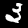
Label: 3